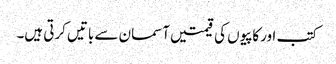
کتب اورکاپیوں کی قیمتیں آسمان سے باتیں کرتی ہیں۔